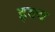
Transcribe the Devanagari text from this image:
इक्व